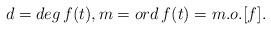
LaTeX: \begin{align*}d = deg \, f(t), m = ord \, f(t) = m.o. [f]. \end{align*}